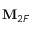
\mathbf { M } _ { 2 F }